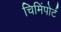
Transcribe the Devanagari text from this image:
चिमिंपोर्ट